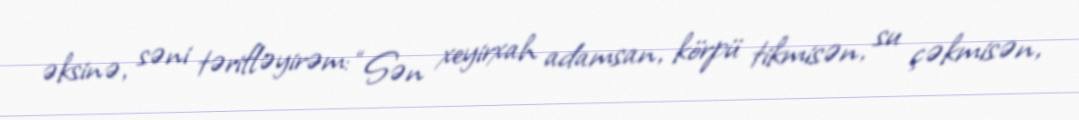
əksinə, səni tərifləyirəm: “Sən xeyirxah adamsan, körpü tikmisən, su çəkmisən,